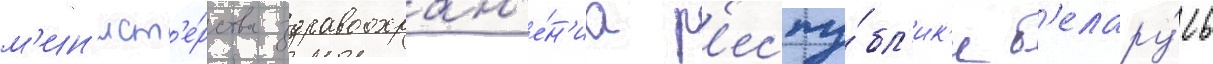
м'ин'ист'е́рства здравоохран'е́н'иа р'еспу́бл'ик'и б'елару́сь